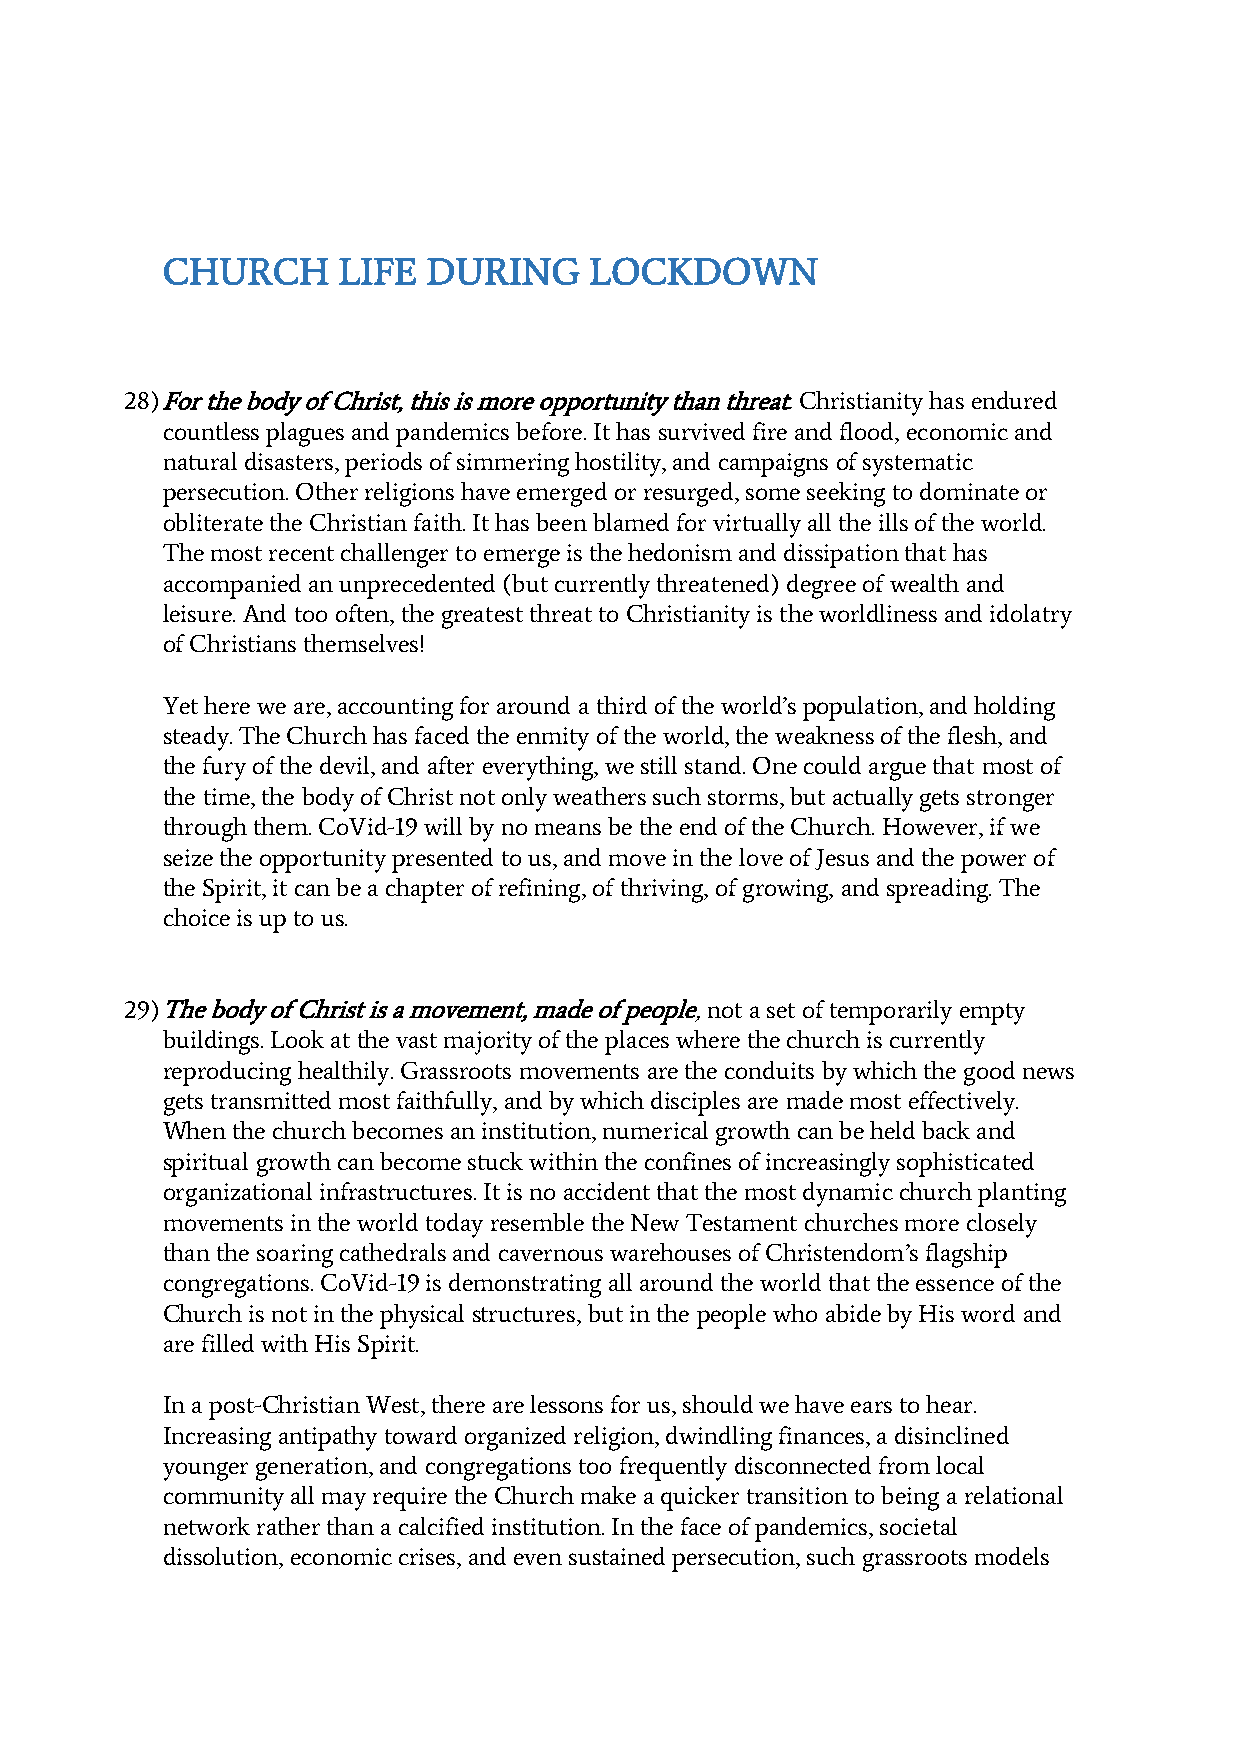
CHURCH     LIFE  DURING     LOCKDOWN
 28) For the body of Christ, this is more opportunity than threat. Christianity has endured
 countless plagues and pandemics before. It has survived fire and flood, economic and
 natural disasters, periods of simmering hostility, and campaigns of systematic
 persecution. Other religions have emerged or resurged, some seeking to dominate or
 obliterate the Christian faith. It has been blamed for virtually all the ills of the world.
 The most recent challenger to emerge is the hedonism and dissipation that has
 accompanied an unprecedented (but currently threatened) degree of wealth and
 leisure. And too often, the greatest threat to Christianity is the worldliness and idolatry
 of Christians themselves!
 Yet here we are, accounting for around a third of the world’s population, and holding
 steady. The Church has faced the enmity of the world, the weakness of the flesh, and
 the fury of the devil, and after everything, we still stand. One could argue that most of
 the time, the body of Christ not only weathers such storms, but actually gets stronger
 through them. CoVid-19 will by no means be the end of the Church. However, if we
 seize the opportunity presented to us, and move in the love of Jesus and the power of
 the Spirit, it can be a chapter of refining, of thriving, of growing, and spreading. The
 choice is up to us.
 29) The body of Christ is a movement, made of people, not a set of temporarily empty
 buildings. Look at the vast majority of the places where the church is currently
 reproducing healthily. Grassroots movements are the conduits by which the good news
 gets transmitted most faithfully, and by which disciples are made most effectively.
 When the church becomes an institution, numerical growth can be held back and
 spiritual growth can become stuck within the confines of increasingly sophisticated
 organizational infrastructures. It is no accident that the most dynamic church planting
 movements in the world today resemble the New Testament churches more closely
 than the soaring cathedrals and cavernous warehouses of Christendom’s flagship
 congregations. CoVid-19 is demonstrating all around the world that the essence of the
 Church is not in the physical structures, but in the people who abide by His word and
 are filled with His Spirit.
 In a post-Christian West, there are lessons for us, should we have ears to hear.
 Increasing antipathy toward organized religion, dwindling finances, a disinclined
 younger generation, and congregations too frequently disconnected from local
 community all may require the Church make a quicker transition to being a relational
 network rather than a calcified institution. In the face of pandemics, societal
 dissolution, economic crises, and even sustained persecution, such grassroots models